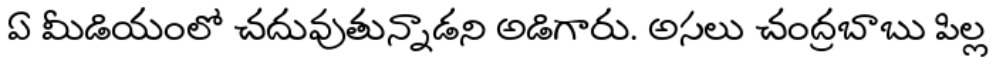
ఏ మీడియంలో చదువుతున్నాడని అడిగారు. అసలు చంద్రబాబు పిల్ల